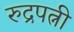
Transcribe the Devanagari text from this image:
रुद्रपत्नी